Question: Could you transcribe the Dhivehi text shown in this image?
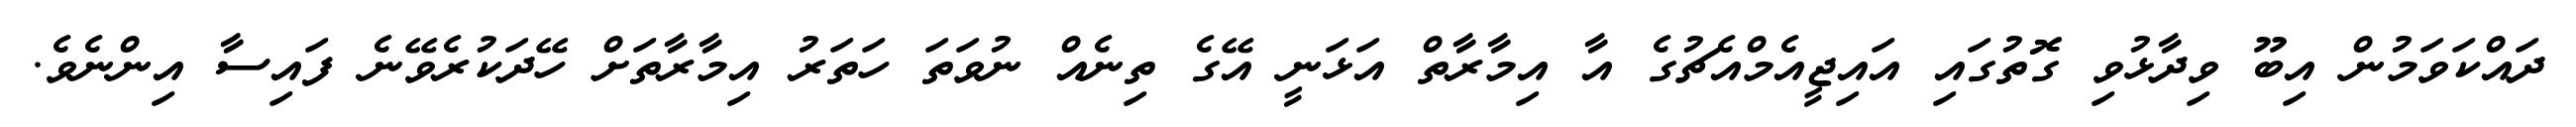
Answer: ދައްކަވަމުން އިބޫ ވިދާޅުވި ގޮތުގައި އައިޖީއެމްއެޗުގެ އާ އިމާރާތް އަޅަނީ އޭގެ ތިނެއް ނުވަތަ ހަތަރު އިމާރާތަށް ހޭދަކުރެވޭނެ ފައިސާ އިންނެވެ.